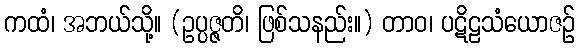
ကထံ၊ အဘယ်သို့။ (ဥပ္ပဇ္ဇတိ၊ ဖြစ်သနည်း။) တာဝ၊ ပဋိဠသံယောဇဉ်